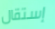
إستقال